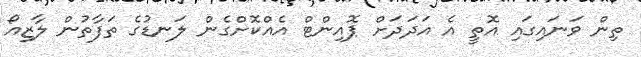
ތިން ވަނައިގައި އޮތީ އެ އަދަދަށް ޕޮއިންޓް އެއްކޮށްގެން ލަނޑުގެ ތަފާތުން ލާޒިއޯ